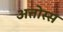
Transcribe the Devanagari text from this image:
अत्तोस्स